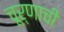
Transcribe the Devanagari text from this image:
चूर्णाची